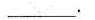
___.